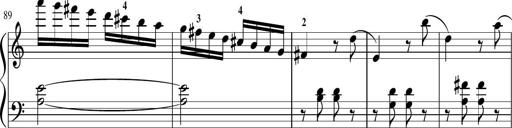
Title: Sonatina in G major
Composer: Friedrich Kuhlau
Key: G major